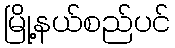
မြို့နယ်စည်ပင်